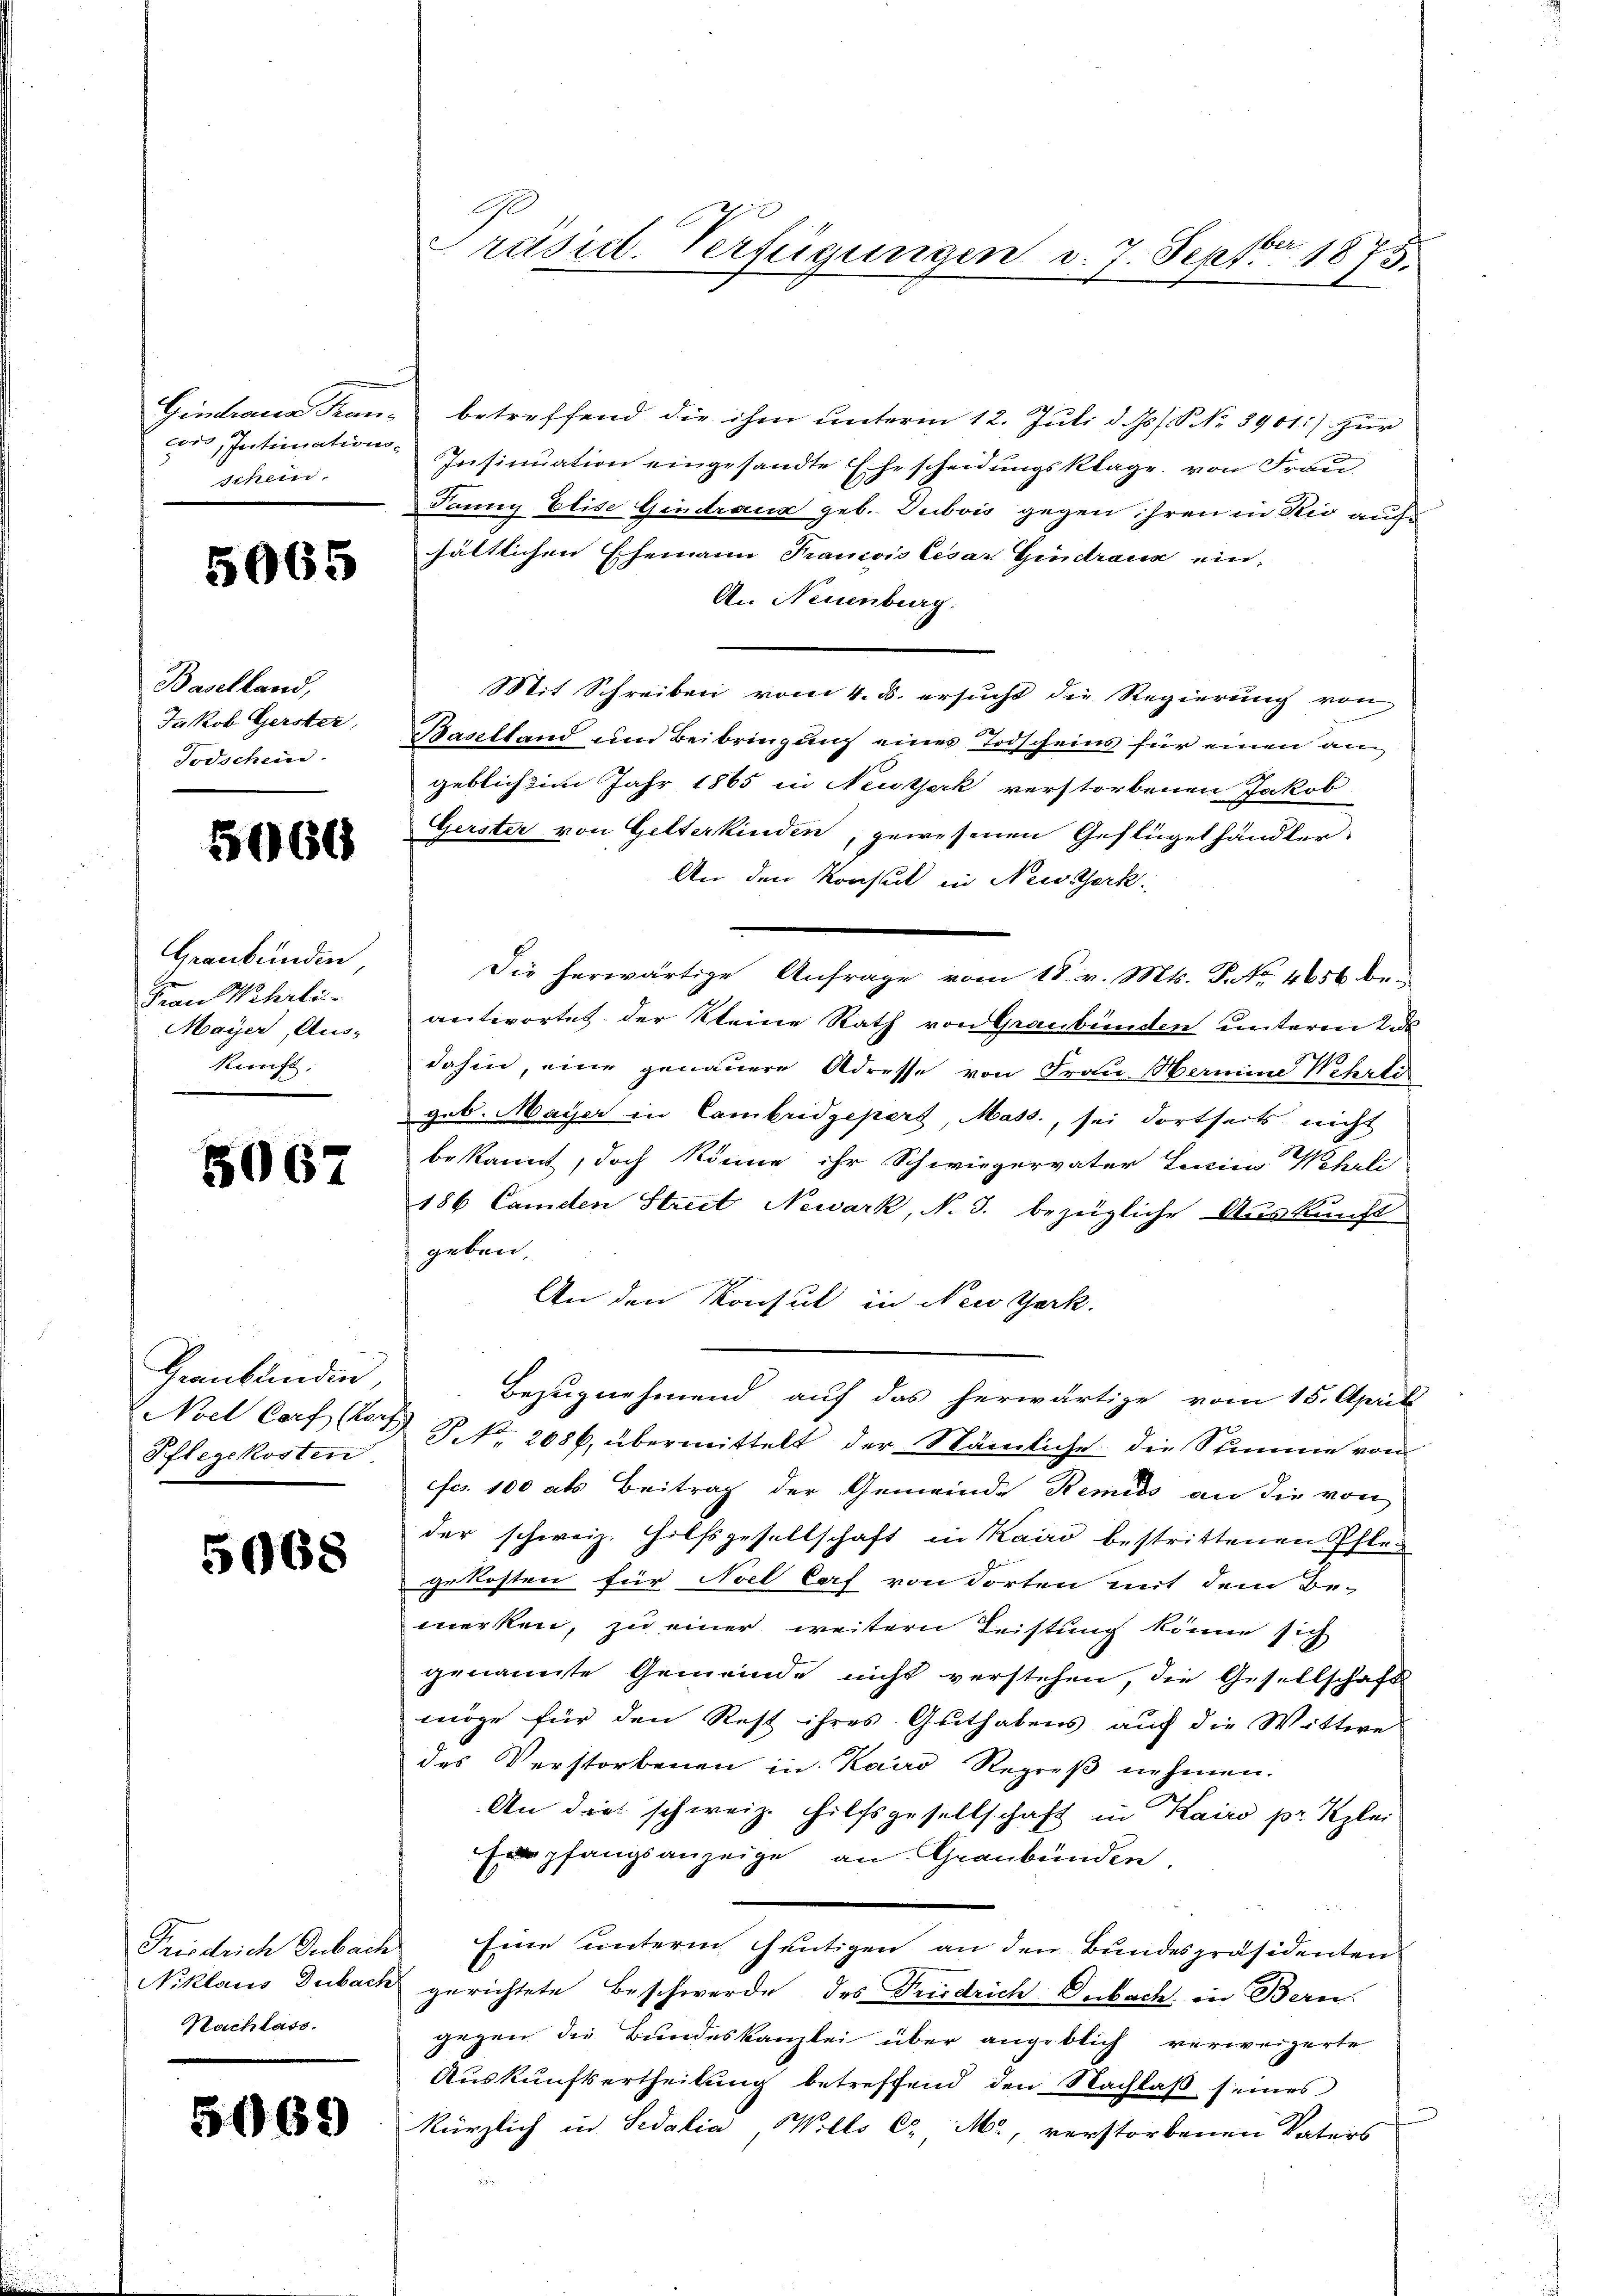
cor, Intimationsschein.

5065

Baselland,
Jakob Gerster,
Todschein.

5060

Graubünden
Frau Wehrlei
Maÿer, Aus-
kunft.

5067

Grankunden,
Pflegekosten

5068

Friedrich Dubach
Nachlass.

5069

Gimtraue Kran- betreffend die ihm ŭnterm 12. Juli d. Js. S. Nr. 8901) zŭr
Insinuation eingesandte Ehescheidungsklage von Frau
Panny Elise Gindraus geb. Dubois gegen ihren in Kic auf
hältlichen Ehemann Francois Cesar Gindraus ein¬
An Neuenburg.
Mit Schreiben vom 4. d. ersucht die Regierung von
Baselland um Beibringung eines Todscheins für einen angeblichten Jahr 1865 in Newtjerk verstorbenen Jakob
Gerster von Gelterkinden, gewesenen Geflügelhändler
An den Konsul in Newserk
Die herwärtige Anfrage vom 18. v. Mts. P. Nr. 4656 beantwortet der kleine Rath von Graubünden untern Tods
dahin, eine genauere Adresse von Frau Hermine Wehrli
geb. Mayer in Cambridgepert, Mass, sei dortseits nicht
bekannt, doch könne ihr Schwiegervater Lucia Wehrli
186 Camden Street Newark, N. 3. bezügliche Auskunft
geben.
An den Konsul in New York.
Bezugnehmend auf das herwärtige vom 15. Aprill
Noet Corften S. 2086, übermittelt der Nämliche die Stimme von
fr. 100 als Beitrag der Gemeinde Remids an die von
der schweiz. Hilfsgesellschaft in Kairo bestrittenen Pfle
gekosten für Noel Caf von Torten mit dem Be-
merken, zu einer weitern Leistung könne sich
genannte Gemeinde nicht verstehen, die Gesellschaft
möge für den Rest ihres Guthabens auf die Wittwe
des Verstorbenen in Kairo Regreβ nehmen.
An dies schweiz. Hilfsgesellschaft in Kairo pr. Klei
fempfangsanzeige an Graubünden.
Eine unterm heutigen an den Bundespräsidenten
Niklaus Dubach gerichtete Beschwerde des Friedrich Dubach, in Bern
gegen die Bundeskanzlei über angeblich verweigerte
Auskunftsertheilung betreffend den Nachlaß seines
kürzlich in Sedalia Wills C. M., verstorbenen Vaters

Präsid. Verfügungen d. 7. Septbr 1875.